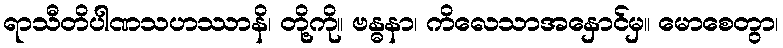
ရာသီတိပါဏသဟဿာနိ၊ တို့ကို။ ဗန္ဓနာ၊ ကိလေသာအနှောင်မှ။ မောစေတွာ၊